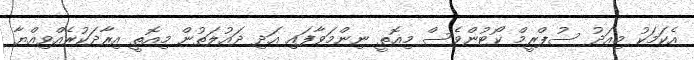
އެކަމަކު މިއަދު ސުޕްރީމް ކޯޓުންވެސް މިއޮތީ ނިންމަވާފައި އަދި ދައުލަތުން މިއޮތީ އިރާދަކުރެއްވިއްޔާ